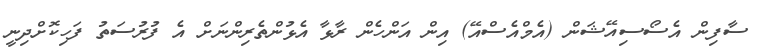
ސާފިން އެސޯސިއޭޝަން (އެމްއެސްއޭ) އިން އަންހެން ރާޅާ އެޅުންތެރިންނަށް އެ ފުރުސަތު ފަހިކޮށްދިނީ